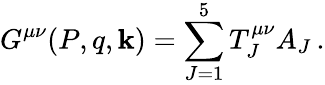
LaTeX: G^{\mu\nu}(P,q,\mathbf{k})=\sum_{J=1}^{5}T_{J}^{\mu\nu}A_{J}\, .